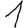
Digit: 1